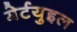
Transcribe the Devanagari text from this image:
मेर्टयुइल